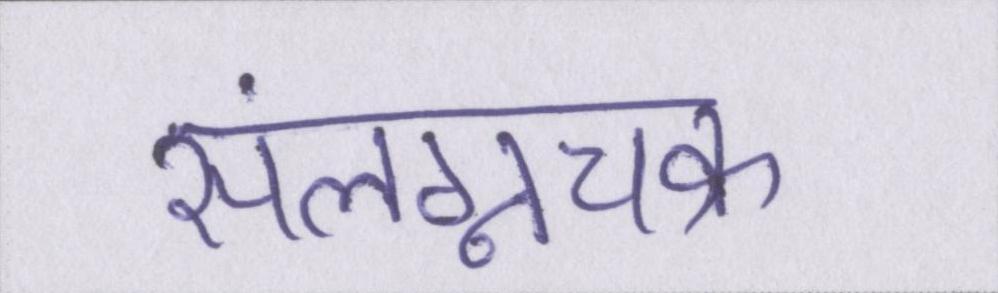
संलग्नचक्र